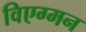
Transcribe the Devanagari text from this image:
विएग्मन